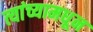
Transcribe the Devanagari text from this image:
त्यांच्यामधून